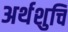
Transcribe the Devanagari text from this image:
अर्थशुचि